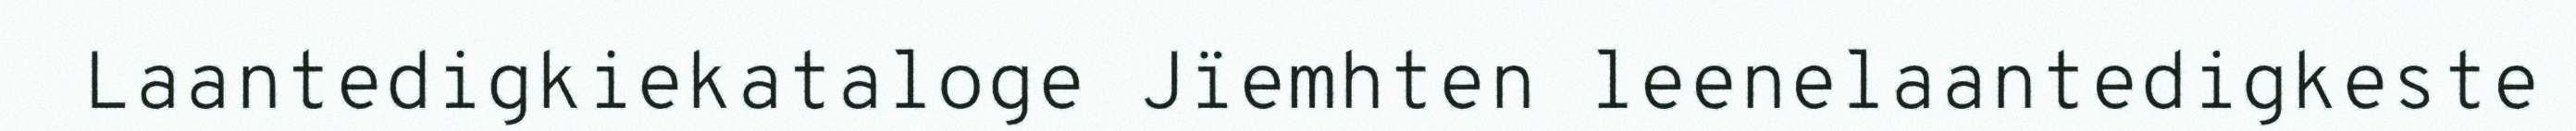
Laantedigkiekataloge Jïemhten leenelaantedigkeste